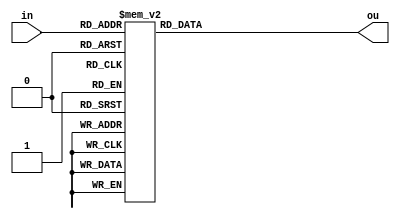
module dec(in,ou);
    input [2:0]in;
    output [7:0]ou;
    reg [7:0]ou;
    
    always@(*)
    begin
    case(in)
        3'b000:
	        ou = 8'b00000001;
    
        3'b001:
            ou = 8'b00000010;
    
        3'b010:
            ou = 8'b00000100;
    
        3'b011:
            ou = 8'b00001000;

        3'b100:
            ou = 8'b00010000;
	
        3'b101:
            ou = 8'b00100000;
	
        3'b110:
            ou = 8'b01000000;

        3'b111:
            ou = 8'b10000000;
    endcase
end 
endmodule

module test;
    reg [2:0] inl;
    wire [7:0] ol;

    dec d(inl,ol);

    initial begin
    $display("decoder show");
    $monitor("%b,%b,%b,\t %b,%b,%b,%b,%b,%b,%b,%b",inl[2],inl[1],inl[0],ol[7],ol[6],ol[5],ol[4],ol[3],ol[2],ol[1],ol[0]);
    $dumpfile("vcd/Decoder.vcd");
    $dumpvars(1,test);

        inl = 3'b000;
        #10
        inl = 3'b001;
        #10
        inl = 3'b010;
        #10
        inl = 3'b011;
        #10
        inl = 3'b100;
        #10
        inl = 3'b101;
        #10
        inl = 3'b110;
        #10
        inl = 3'b111;
        #10
    $finish;
    end 
endmodule